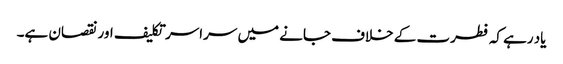
یاد رہے کہ فطرت کے خلاف جانے میں سراسر تکلیف اور نقصان ہے۔